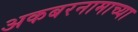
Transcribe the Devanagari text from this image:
अकबरनामाच्या